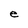
Character: e